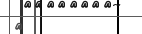
٣